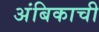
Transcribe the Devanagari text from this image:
अंबिकाची